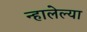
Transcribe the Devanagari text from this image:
न्हालेल्या